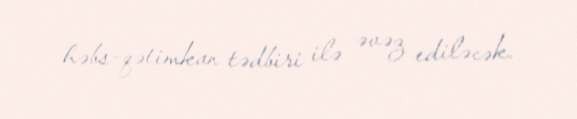
həbs-qətimkan tədbiri ilə əvəz ediləcək.